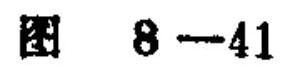
图 \(8 - 41\)